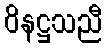
ဝိနဋ္ဌသညီ